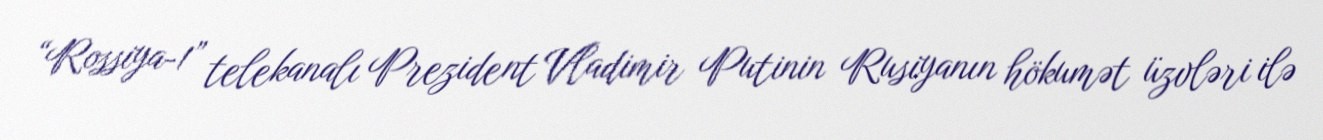
“Rossiya-1” telekanalı Prezident Vladimir Putinin Rusiyanın hökumət üzvləri ilə